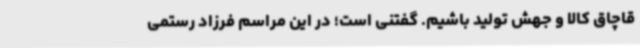
قاچاق کالا و جهش تولید باشیم. گفتنی است؛ در این مراسم فرزاد رستمی